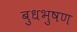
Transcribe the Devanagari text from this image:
बुधभुषण